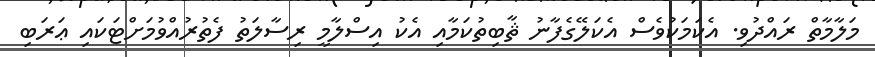
މަލާމާތް ރައްދުވި. އެކަމަކުވެސް އެކަލޭގެފާނު ޘާބިތުކަމާއި އެކު އިސްލާމީ ރިސާލަތު ފެތުރުއްވުމަށްޓަކައި ޢަރަބި